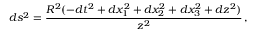
d s ^ { 2 } = { \frac { R ^ { 2 } ( - d t ^ { 2 } + d x _ { 1 } ^ { 2 } + d x _ { 2 } ^ { 2 } + d x _ { 3 } ^ { 2 } + d z ^ { 2 } ) } { z ^ { 2 } } } \, ,